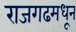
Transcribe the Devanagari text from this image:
राजगढमधून